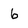
Character: 6